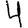
Digit: 4